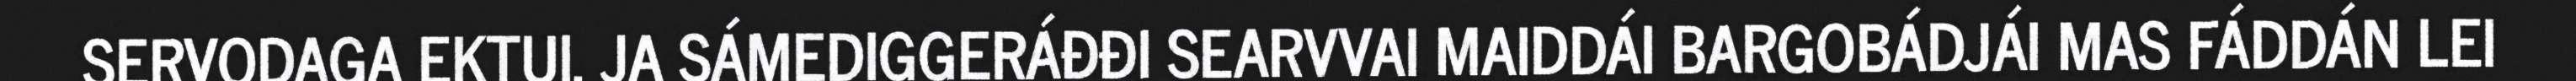
SERVODAGA EKTUI, JA SÁMEDIGGERÁĐĐI SEARVVAI MAIDDÁI BARGOBÁDJÁI MAS FÁDDÁN LEI